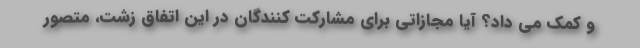
و کمک می داد؟ آیا مجازاتی برای مشارکت کنندگان در این اتفاق زشت، متصور